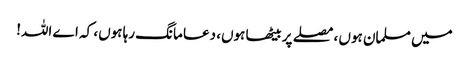
میں مسلمان ہوں ، مصلے پر بیٹھا ہوں، دعا مانگ رہا ہوں، کہ اے اللہ!